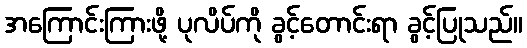
အကြောင်းကြားဖို့ ပုလိပ်ကို ခွင့်တောင်းရာ ခွင့်ပြုသည်။